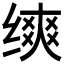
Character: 𬘾